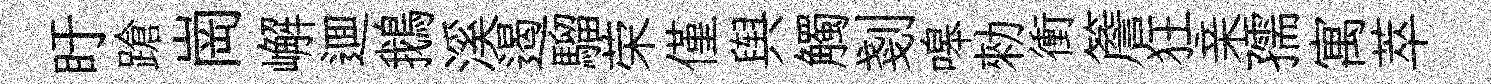
盱蹌崗嶰逥鵝溪遏騮荣僅舆觸剗嗥勑衝簷狂亲孺寓萃